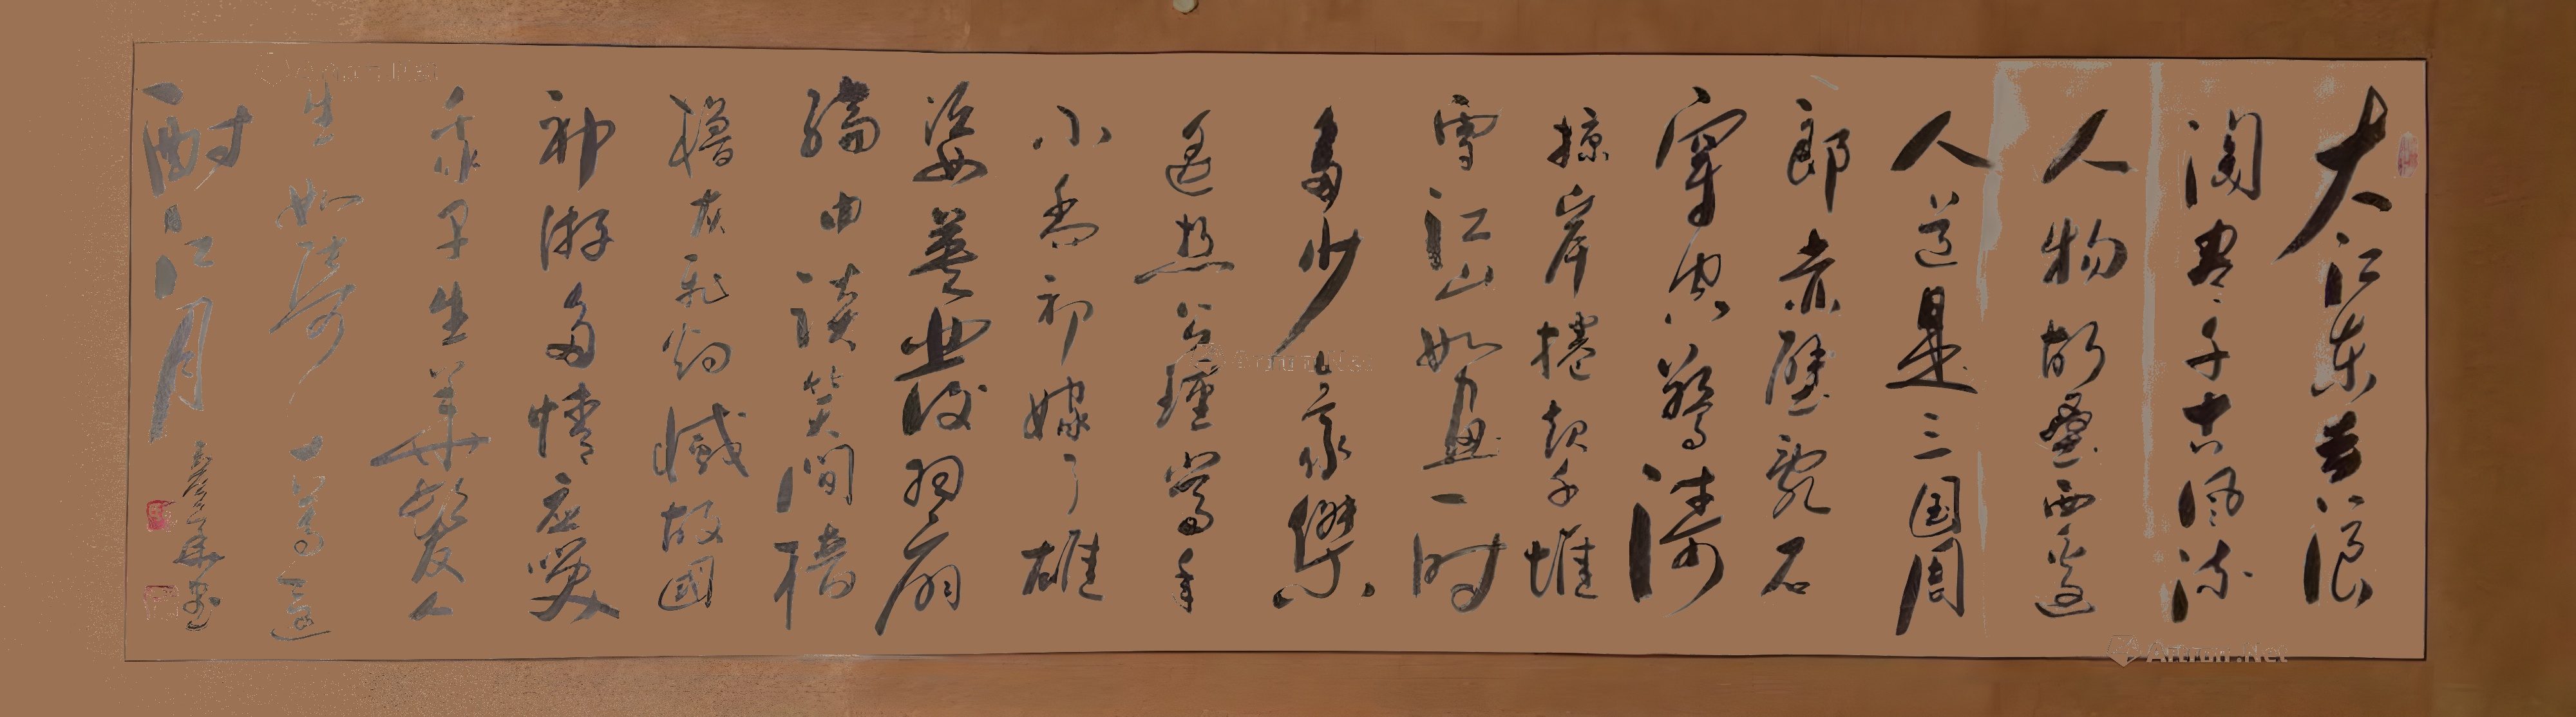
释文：大江东去，浪淘尽，千古风流人物。故垒西边，人道是，三国周郎赤壁。乱石穿空，惊涛拍岸，卷起千堆雪。江山如画，一时多少豪杰。遥想公瑾当年，小乔初嫁了，雄姿英发。羽扇纶巾，谈笑间，樯橹灰飞烟灭。故国神游，多情应笑我，早生华发。人生如梦，一尊还酹江月。祝氏彦华信印